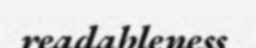
readableness